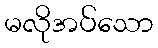
မလိုအပ်သော